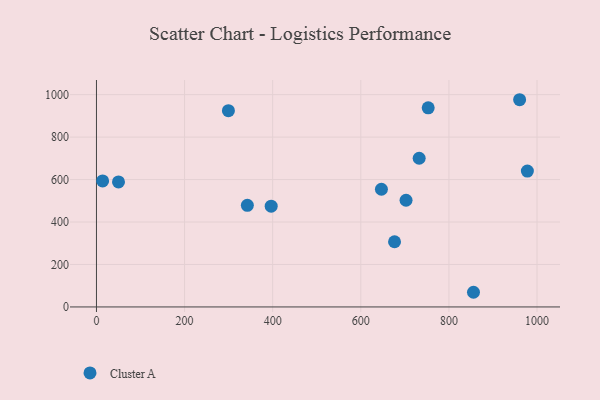
{"axis": {"x": "Speed", "y": "Fuel Efficiency"}, "legend": ["Cluster A"], "data": [{"x": "702.7", "y": 502.5, "type": "Cluster A"}, {"x": "753.0", "y": 938.0, "type": "Cluster A"}, {"x": "676.6", "y": 307.1, "type": "Cluster A"}, {"x": "732.5", "y": 700.4, "type": "Cluster A"}, {"x": "342.5", "y": 478.4, "type": "Cluster A"}, {"x": "978.1", "y": 640.0, "type": "Cluster A"}, {"x": "299.5", "y": 924.4, "type": "Cluster A"}, {"x": "960.5", "y": 976.0, "type": "Cluster A"}, {"x": "646.8", "y": 554.3, "type": "Cluster A"}, {"x": "855.8", "y": 69.1, "type": "Cluster A"}, {"x": "14.0", "y": 593.7, "type": "Cluster A"}, {"x": "50.0", "y": 588.9, "type": "Cluster A"}, {"x": "396.6", "y": 474.5, "type": "Cluster A"}]}